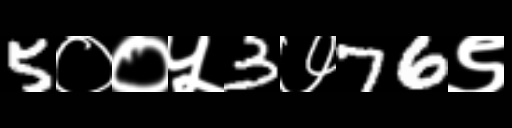
Text: 5००५3७76९